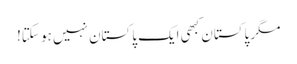
مگر پاکستان کبھی ایک پاکستان نہیں ہو سکتا!